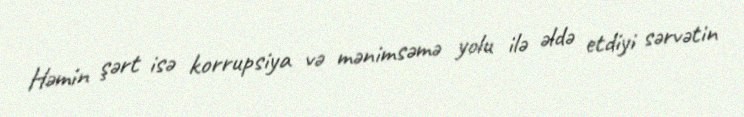
Həmin şərt isə korrupsiya və mənimsəmə yolu ilə əldə etdiyi sərvətin